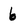
Character: 6